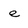
Character: e